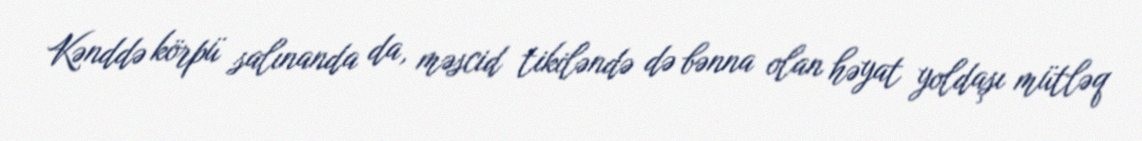
Kənddə körpü salınanda da, məscid tikiləndə də bənna olan həyat yoldaşı mütləq